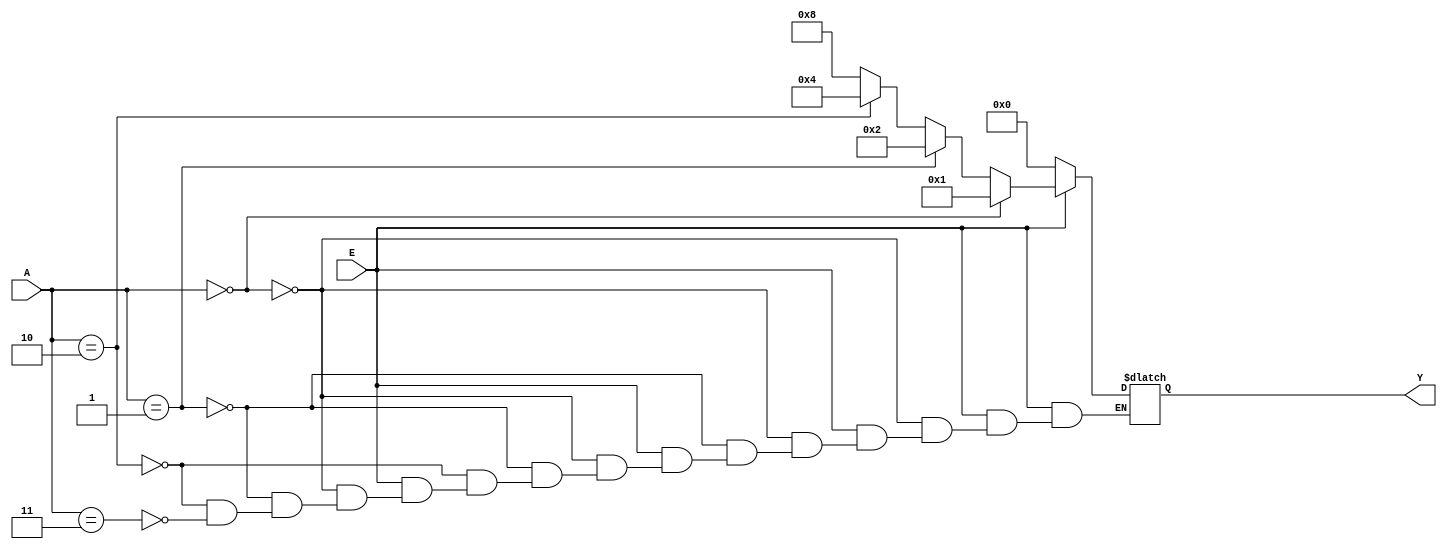
module decoder2to4_always
(
    input [1:0] A,
    input E,
    output [3:0] Y
);

always @(*)
    begin
    if(E == 1'b0)
        Y = 4'b0000;
    else if(A == 2'b00)
        Y = 4'b0001;
    else if(A == 2'b01)
        Y = 4'b0010;
    else if(A == 2'b10)
        Y = 4'b0100;
    else if(A == 2'b11)
        Y = 4'b1000;
    end

endmodule